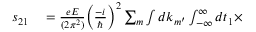
\begin{array} { r l } { s _ { 2 1 } } & { { } = \frac { e E } { ( 2 \pi ^ { 2 } ) } \Big ( \frac { - i } { \hbar } \Big ) ^ { 2 } \sum _ { m } \int d k _ { m ^ { \prime } } \int _ { - \infty } ^ { \infty } d t _ { 1 } \times } \end{array}